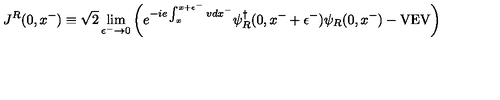
J ^ { R } ( 0 , x ^ { - } ) \equiv \sqrt { 2 } \lim _ { \epsilon ^ { - } \rightarrow 0 } \left( e ^ { - i e \int _ { x } ^ { x + \epsilon ^ { - } } v d x ^ { - } } \psi _ { R } ^ { \dagger } ( 0 , x ^ { - } + \epsilon ^ { - } ) \psi _ { R } ( 0 , x ^ { - } ) - \mathrm { V E V } \right)